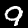
Label: 9